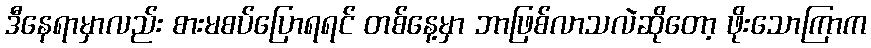
ဒီနေရာမှာလည်း စားမစပ်ပြောရရင် တစ်နေ့မှာ ဘာဖြစ်လာသလဲဆိုတော့ ဖိုးသောကြာက